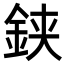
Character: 𨦇